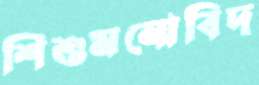
শিশুমনোবিদ